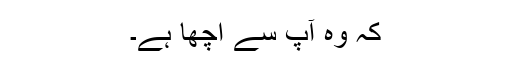
کہ وہ آپ سے اچھا ہے۔